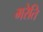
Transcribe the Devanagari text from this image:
मरेति